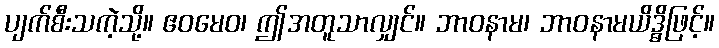
ပျက်စီးသကဲ့သို့။ ဧဝမေဝ၊ ဤအတူသာလျှင်။ ဘာဝနာမ၊ ဘာဝနာမယိဒ္ဓိဖြင့်။